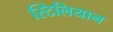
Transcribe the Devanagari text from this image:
स्टिलियान